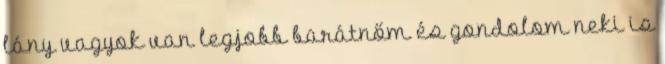
lány vagyok van legjobb barátnőm és gondolom neki is